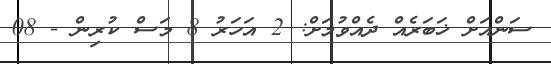
ސަންއަށް ޚަބަރެއް ދެއްވުމަށް: 2 އަހަރު 8 މަސް ކުރިން - 08